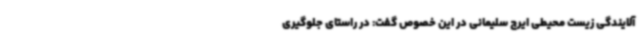
آلایندگی زیست محیطی ایرج سلیمانی در این خصوص گفت: در راستای جلوگیری